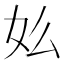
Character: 𡚸